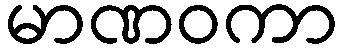
မာဏဝကာ